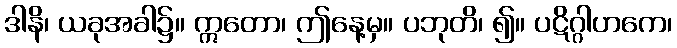
ဒါနိ၊ ယခုအခါ၌။ ဣတော၊ ဤနေ့မှ။ ပဘုတိ၊ ၍။ ပဋိဂ္ဂါဟကေ၊